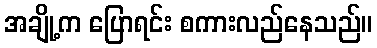
အချို့က ပြောရင်း စကားလည်နေသည်။